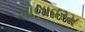
શોલાવરમ